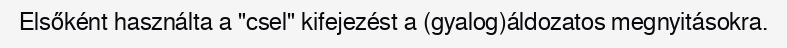
Elsőként használta a "csel" kifejezést a (gyalog)áldozatos megnyitásokra.